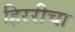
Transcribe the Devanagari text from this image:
हिररीचा